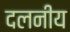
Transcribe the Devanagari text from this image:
दलनीय